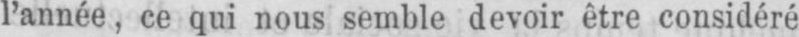
l’année, ce qui nous semble devoir être considéré